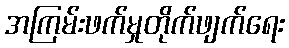
အကြမ်းဖက်မှုတိုက်ဖျက်ရေး